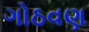
ગોઠવણ